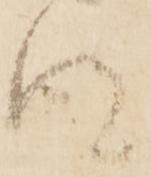
得